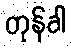
တုန်ခါ